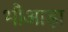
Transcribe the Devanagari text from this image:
भौआड़ा